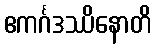
ဧကင်္ဂဒဿိနောတိ